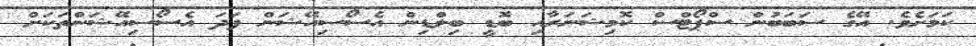
ކަމަށެވެ. އޭގެ ސަބަބުން ސްޕޯޓްސް ކޮމިޝަނަރާއި ބޮޑީ ބިލްޑިން އެސޯސިއޭޝަން ފަދަ އެސޯސިއޭޝަންތަކަށް